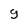
Character: 9